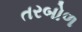
તરબોળ